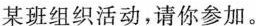
某班组织活动，请你参加。